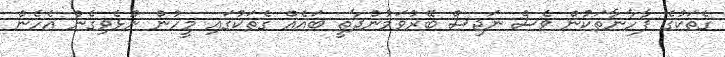
ގެތަކުގެ ފާހާނާތަކުން ވެސް ނަޖިސް ބޭރުވަމުންދާތީ ބައެއް ގެތަކުގައި މީހުން ނޫޅެވިގެން އެހެން